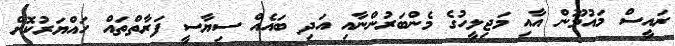
ރައީސް މައުމޫން އާއި މަޖިލީހުގެ މެންބަރުންނާއި އަދި ބައެއް ސިޔާސީ ފަރާތްތައް ހައްޔަރުކޮށް